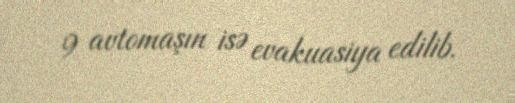
9 avtomaşın isə evakuasiya edilib.